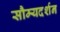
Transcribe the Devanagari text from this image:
सौम्यदर्शन